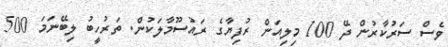
ވެސް ސަރުކާރުން ދޭ 100 މިލިއަން ރުފިޔާގެ ރައުސޫމާލަކުން. ތަރުހީބު ލިބޭނަމަ 500